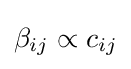
\beta _{ij}\propto c_{ij}